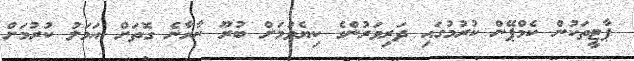
ޕާޓީތަކުން ކެމްޕޭން ކުރުމުގައި ދަރިވަރުންގެ ކިޔެވުމަށް ބުރޫ ނާރާނެ ގޮތަށް އަމަލު ކުރުމަށް